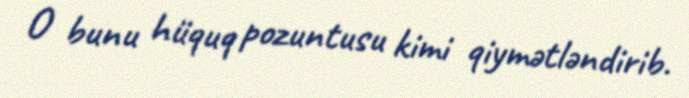
O bunu hüquq pozuntusu kimi qiymətləndirib.